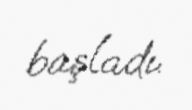
başladı.